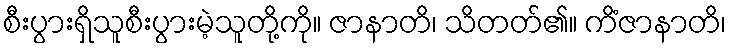
စီးပွားရှိသူစီးပွားမဲ့သူတို့ကို။ ဇာနာတိ၊ သိတတ်၏။ ကိံဇာနာတိ၊